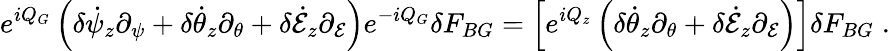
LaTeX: e^{iQ_{G}}\left(\delta\dot{\psi}_{z}\partial_{\psi}+\delta\dot{\theta}_{z}\partial_{\theta}+\delta\dot{\cal E}_{z}\partial_{\cal E}\right)e^{-iQ_{G}}\delta F_{BG}=\left[e^{iQ_{z}}\left(\delta\dot{\theta}_{z}\partial_{\theta}+\delta\dot{\cal E}_{z}\partial_{\cal E}\right)\right]\delta F_{BG}\; .